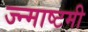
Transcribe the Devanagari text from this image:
ज्न्माष्टमी